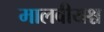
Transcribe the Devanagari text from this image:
मालवीयश्च